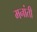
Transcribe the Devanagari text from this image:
मनांती